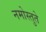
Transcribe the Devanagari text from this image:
नमोस्तुते